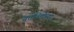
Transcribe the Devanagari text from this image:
वृत्तविद्येच्या